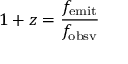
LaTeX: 1 + z = { \frac { f _ { \mathrm { e m i t } } } { f _ { \mathrm { o b s v } } } }